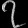
Digit: ၇